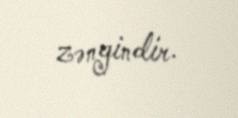
zəngindir.